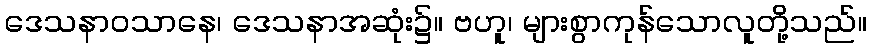
ဒေသနာဝသာနေ၊ ဒေသနာအဆုံး၌။ ဗဟူ၊ များစွာကုန်သောလူတို့သည်။